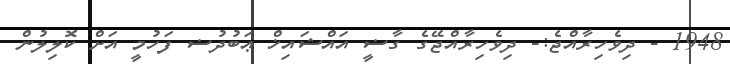
1948 - ދިވެހިރާއްޖެ:- ދިވެހިރާއްޖޭގެ ގާޟީ އައްޝައިޚް ޢަބުދުޟ ފަހުމީ އަށް ކޮލިލުން